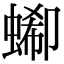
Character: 𧎙